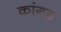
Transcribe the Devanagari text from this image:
कांगड